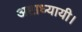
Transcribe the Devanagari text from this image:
अष्टाध्यायी।